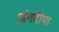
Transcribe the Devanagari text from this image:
अंगदीया